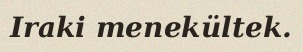
Iraki menekültek.